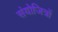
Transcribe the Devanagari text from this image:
संयोजित्रों